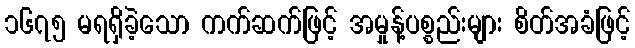
၁၆၇၅ မရရှိခဲ့သော ကက်ဆက်ဖြင့် အမှုန့်ပစ္စည်းများ စိတ်အခံဖြင့်